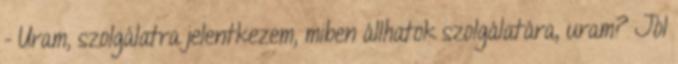
- Uram, szolgálatra jelentkezem, miben állhatok szolgálatára, uram? Jól